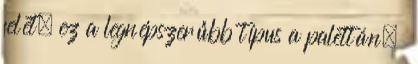
felét, ez a legnépszerűbb típus a palettán.